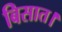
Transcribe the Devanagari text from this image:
बिसात।